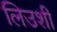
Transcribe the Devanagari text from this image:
लिउशी